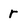
Character: r